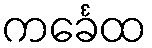
ကင်္ခေထ